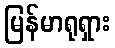
မြန်မာရုရှား